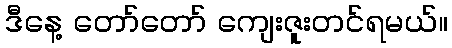
ဒီနေ့ တော်တော် ကျေးဇူးတင်ရမယ်။